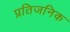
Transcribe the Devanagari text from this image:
प्रतिजनिक